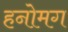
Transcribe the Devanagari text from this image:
हनोमग